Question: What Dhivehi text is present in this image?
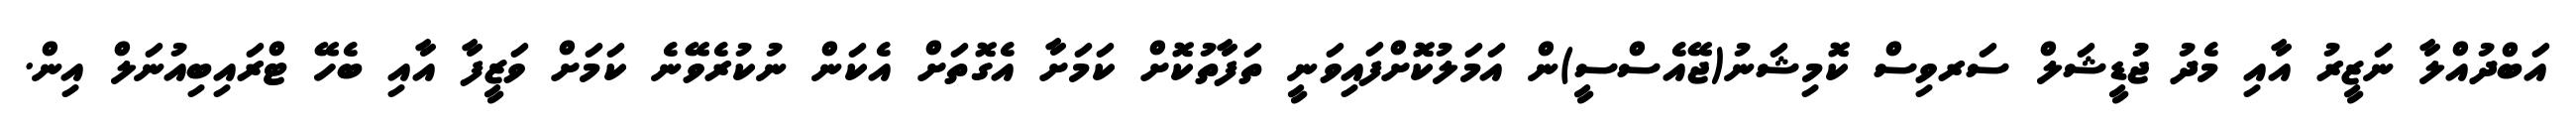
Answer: އަބްދުއްލާ ނަޒީރު އާއި މެދު ޖުޑީޝަލް ސަރވިސް ކޮމިޝަނު(ޖޭއެސްސީ)ން އަމަލުކޮށްފައިވަނީ ތަފާތުކޮށް ކަމަށާ އެގޮތަށް އެކަން ނުކުރެވޭނެ ކަމަށް ވަޒީފާ އާއި ބެހޭ ޓްރައިބިއުނަލް އިން.